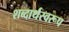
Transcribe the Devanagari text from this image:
शब्दार्थस्वरूप